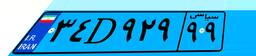
۳۴D۹۲۹۹۹